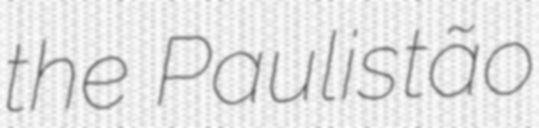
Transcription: the Paulistão